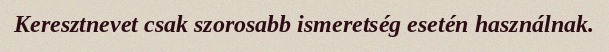
Keresztnevet csak szorosabb ismeretség esetén használnak.